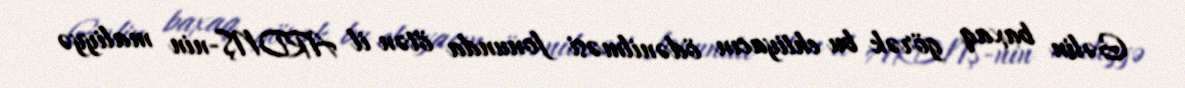
Gəlin baxaq görək bu ehtiyacın ödənilməsi fonunda ötən il ARDNŞ-nin maliyyə